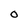
Character: 0